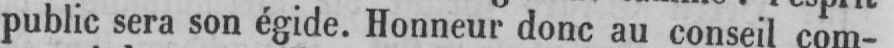
public sera son égide. Honneur donc au conseil com-